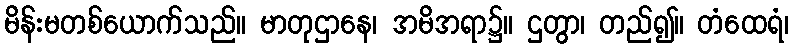
မိန်းမတစ်ယောက်သည်။ မာတုဌာနေ၊ အမိအရာ၌။ ဌတွာ၊ တည်၍။ တံထေရံ၊